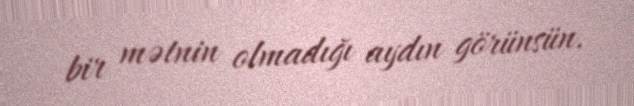
bir mətnin olmadığı aydın görünsün.